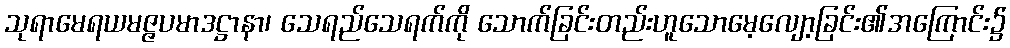
သုရာမေရယမဇ္ဇပမာဒဋ္ဌာနာ၊ သေရည်သေရက်ကို သောက်ခြင်းတည်းဟူသောမေ့လျော့ခြင်း၏အကြောင်း၌